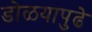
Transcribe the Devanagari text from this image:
डोळयापुढे